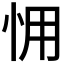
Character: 𢘭